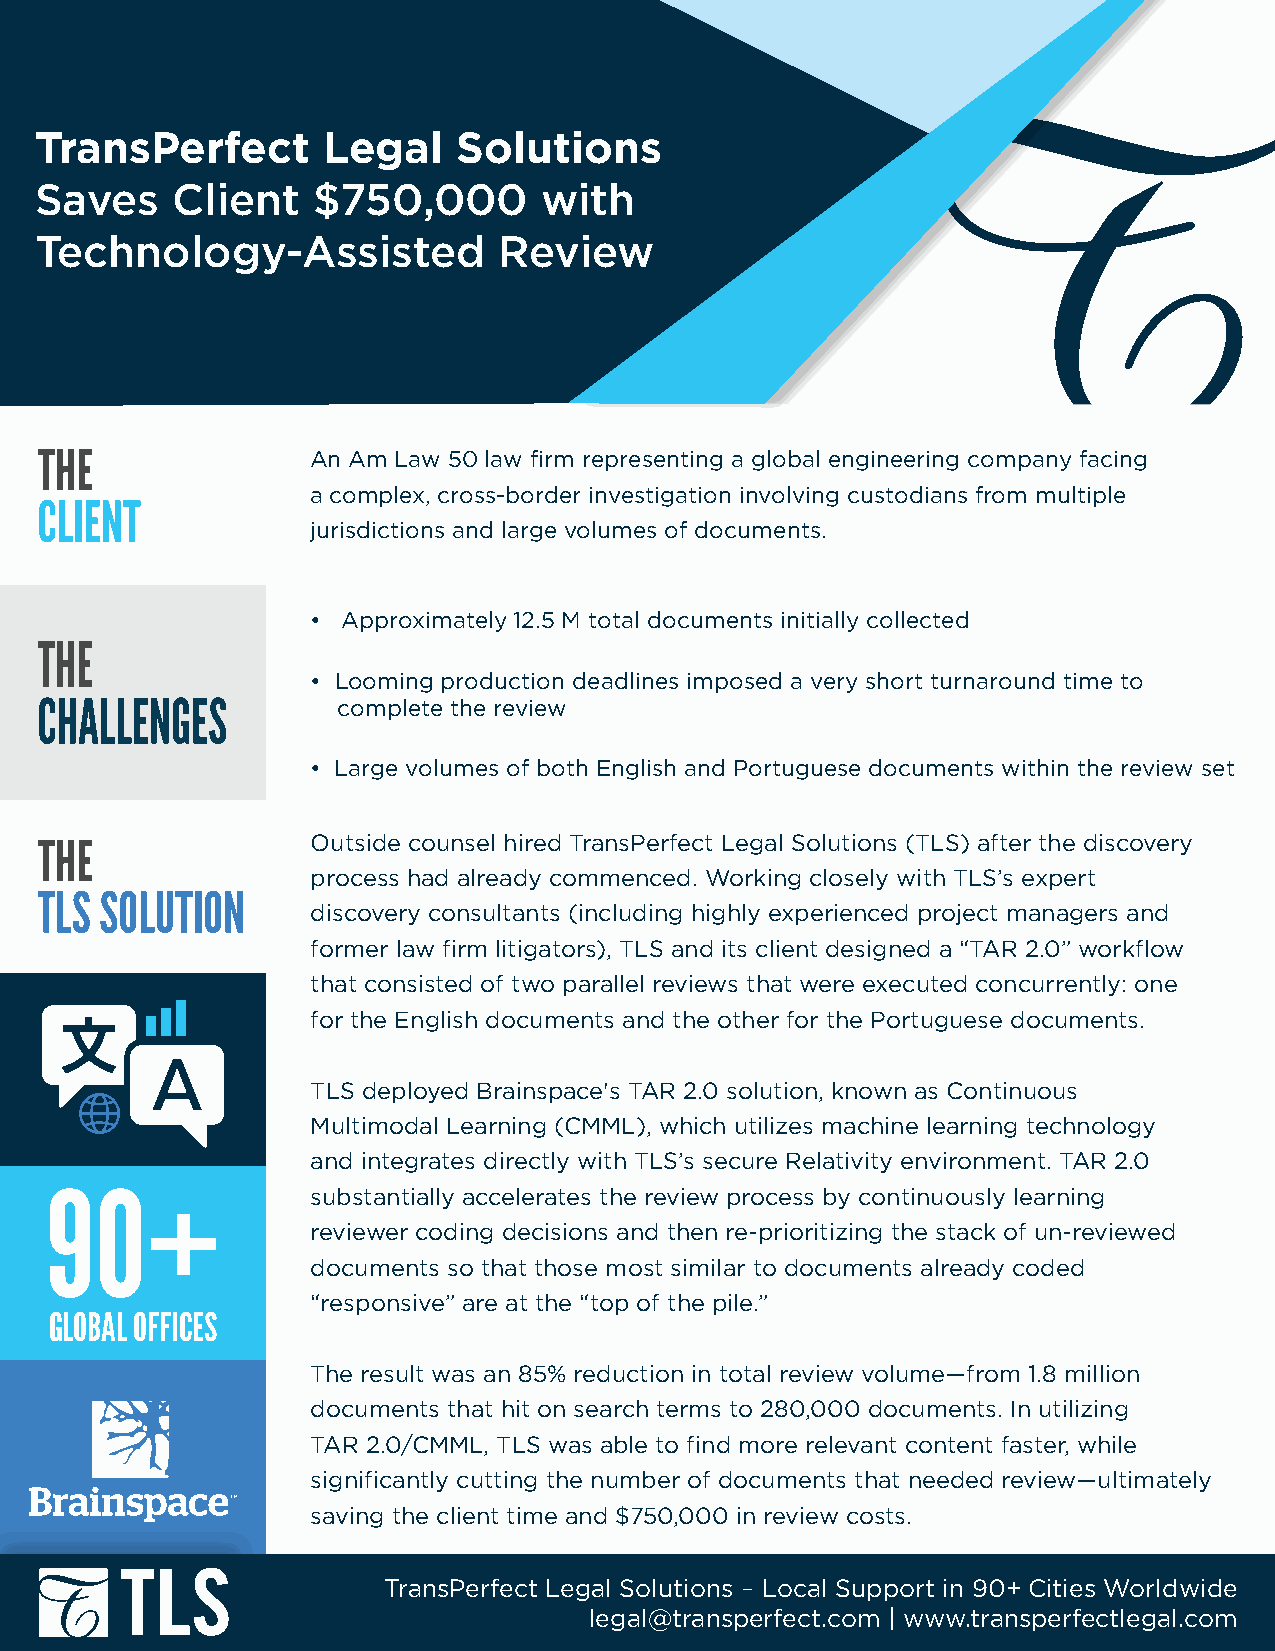
TransPerfect       Legal    Solutions
 Saves    Client    $750,000       with
 Technology-Assisted            Review
 An Am Law 50 law firm representing a global engineering company facing
 a complex, cross-border investigation involving custodians from multiple
 jurisdictions and large volumes of documents.
 • Approximately 12.5 M total documents initially collected
 • Looming production deadlines imposed a very short turnaround time to
 complete the review
 • Large volumes of both English and Portuguese documents within the review set
 Outside counsel hired TransPerfect Legal Solutions (TLS) after the discovery
 process had already commenced. Working closely with TLS’s expert
 discovery consultants (including highly experienced project managers and
 former law firm litigators), TLS and its client designed a “TAR 2.0” workflow
 that consisted of two parallel reviews that were executed concurrently: one
 for the English documents and the other for the Portuguese documents.
 TLS deployed Brainspace's TAR 2.0 solution, known as Continuous
 Multimodal Learning (CMML), which utilizes machine learning technology
 and integrates directly with TLS’s secure Relativity environment. TAR 2.0
 substantially accelerates the review process by continuously learning
 reviewer coding decisions and then re-prioritizing the stack of un-reviewed
 documents so that those most similar to documents already coded
 “responsive” are at the “top of the pile.”
 GLOBAL OFFICES
 The result was an 85% reduction in total review volume—from 1.8 million
 documents that hit on search terms to 280,000 documents. In utilizing
 TAR 2.0/CMML, TLS was able to find more relevant content faster, while
 significantly cutting the number of documents that needed review—ultimately
 saving the client time and $750,000 in review costs.
 TransPerfect Legal Solutions – Local Support in 90+ Cities Worldwide
 legal@transperfect.com | www.transperfectlegal.com